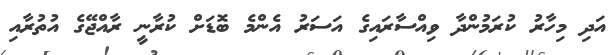
އަދި މިހާރު ކުރަމުންދާ ވިއްސާރައިގެ އަސަރު އެންމެ ބޮޑަށް ކުރާނީ ރާއްޖޭގެ އުތުރާއި